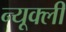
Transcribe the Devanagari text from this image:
न्यूक्ली